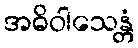
အဓိဝါသေန္တံ